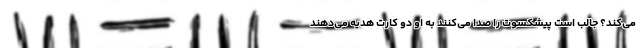
می‌کند؟ جالب است پیشکسوت را صدا می‌کنند به او دو کارت هدیه می‌دهند